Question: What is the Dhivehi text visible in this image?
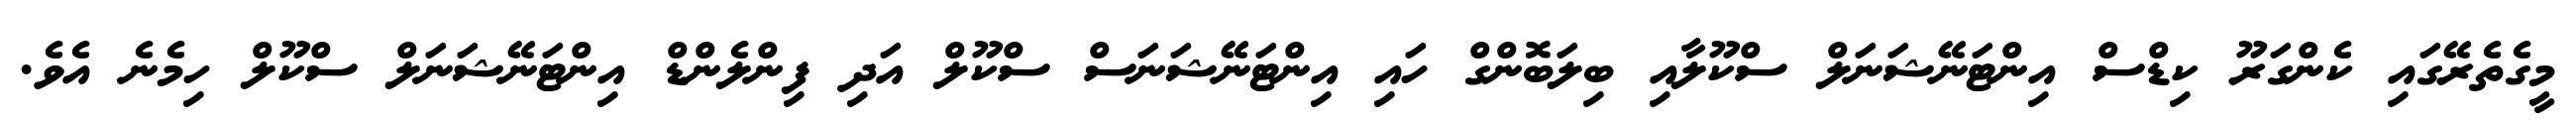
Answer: މީގެތެރޭގައި ކެންގަރޫ ކިޑްސް އިންޓަނޭޝަނަލް ސްކޫލާއި ބިލަބޮންގް ހައި އިންޓަނޭޝަނަސް ސްކޫލް އަދި ފިންލެންޑް އިންޓަނޭޝަނަލް ސްކޫލް ހިމެނެ އެވެ.